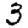
Digit: 3